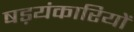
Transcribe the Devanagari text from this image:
षड़यंकारियों